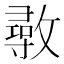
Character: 𢿼